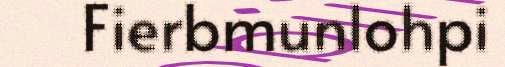
Fierbmunlohpi